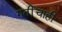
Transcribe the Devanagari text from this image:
गतींचाही